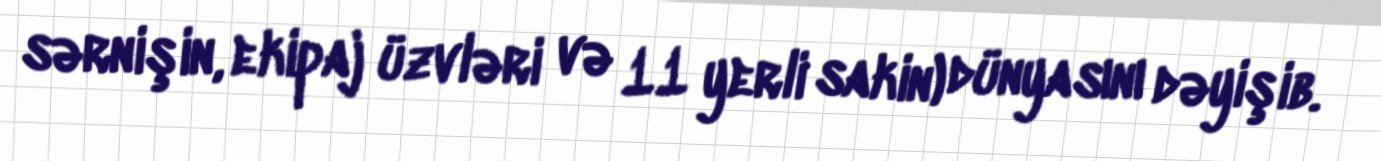
sərnişin, ekipaj üzvləri və 11 yerli sakin) dünyasını dəyişib.